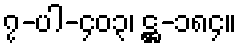
၇-ပါ-၄၀၃၊ ဋ္ဌ-၁၈၄။